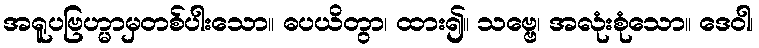
အရူပဗြဟ္မာမှတစ်ပါးသော။ ဓပယိတွာ၊ ထား၍။ သဗ္ဗေ၊ အလုံးစုံသော။ ဒေဝါ၊